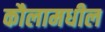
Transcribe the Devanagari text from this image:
कौलामधील